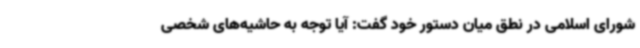
شورای اسلامی در نطق میان دستور خود گفت: آیا توجه به حاشیه‌های شخصی